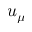
u _ { \mu }